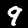
Digit: 9